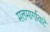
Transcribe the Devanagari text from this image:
मलमार्गावाटे